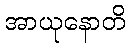
အာယုနောတိ